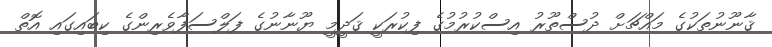
ޤާނޫނުތަކުގެ މައްޗަށް ދުސްތޫރު އިސްކުރުމުގެ ފިކުރަކީ ޤަދީމީ ޔޫނާނުގެ ފަލްސަފާވެރިންގެ ކިބައިގައި އޮތް